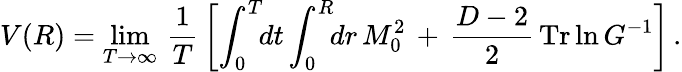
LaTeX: V(R)=\operatorname*{lim}_{T\rightarrow\infty}\, \frac{1}{T}\, \left[\int_{0}^{T}\! \! dt\int_{0}^{R}\! \! dr\, M_{0}^{2}\, +\, \frac{D-2}{2}\, \mathrm{Tr}\ln G^{-1}\right]\, {.}